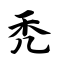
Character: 秃